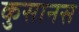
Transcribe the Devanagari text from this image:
कुसानस